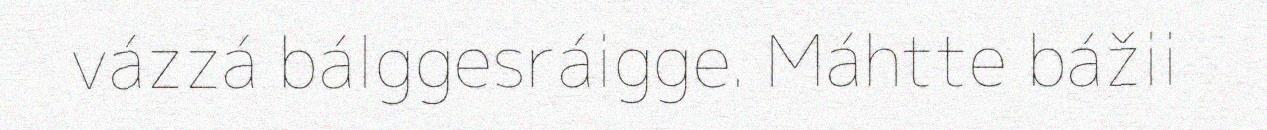
vázzá bálggesráigge. Máhtte bážii